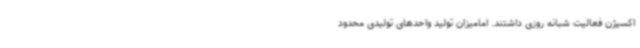
اکسیژن فعالیت شبانه روزی داشتند. امامیزان تولید واحدهای تولیدی محدود